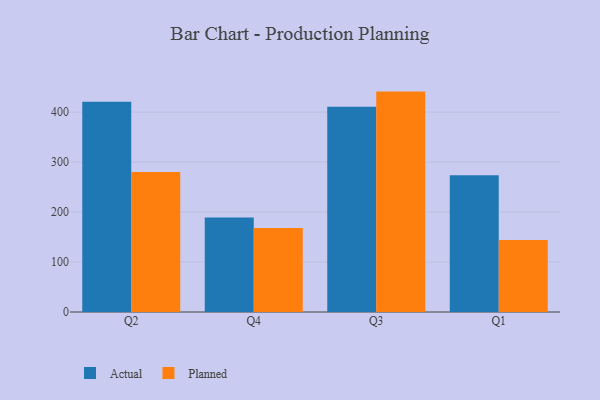
{"axis": {"x": "Quarter", "y": "Budget (USD K)"}, "legend": ["Actual", "Planned"], "data": [{"x": "Q2", "y": 420.4, "type": "Actual"}, {"x": "Q2", "y": 280.3, "type": "Planned"}, {"x": "Q4", "y": 189.1, "type": "Actual"}, {"x": "Q4", "y": 167.9, "type": "Planned"}, {"x": "Q3", "y": 410.5, "type": "Actual"}, {"x": "Q3", "y": 440.9, "type": "Planned"}, {"x": "Q1", "y": 273.7, "type": "Actual"}, {"x": "Q1", "y": 143.8, "type": "Planned"}]}